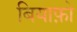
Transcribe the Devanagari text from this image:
बियाफ़ो